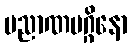
ပညာဏမဂ္ဂိနော